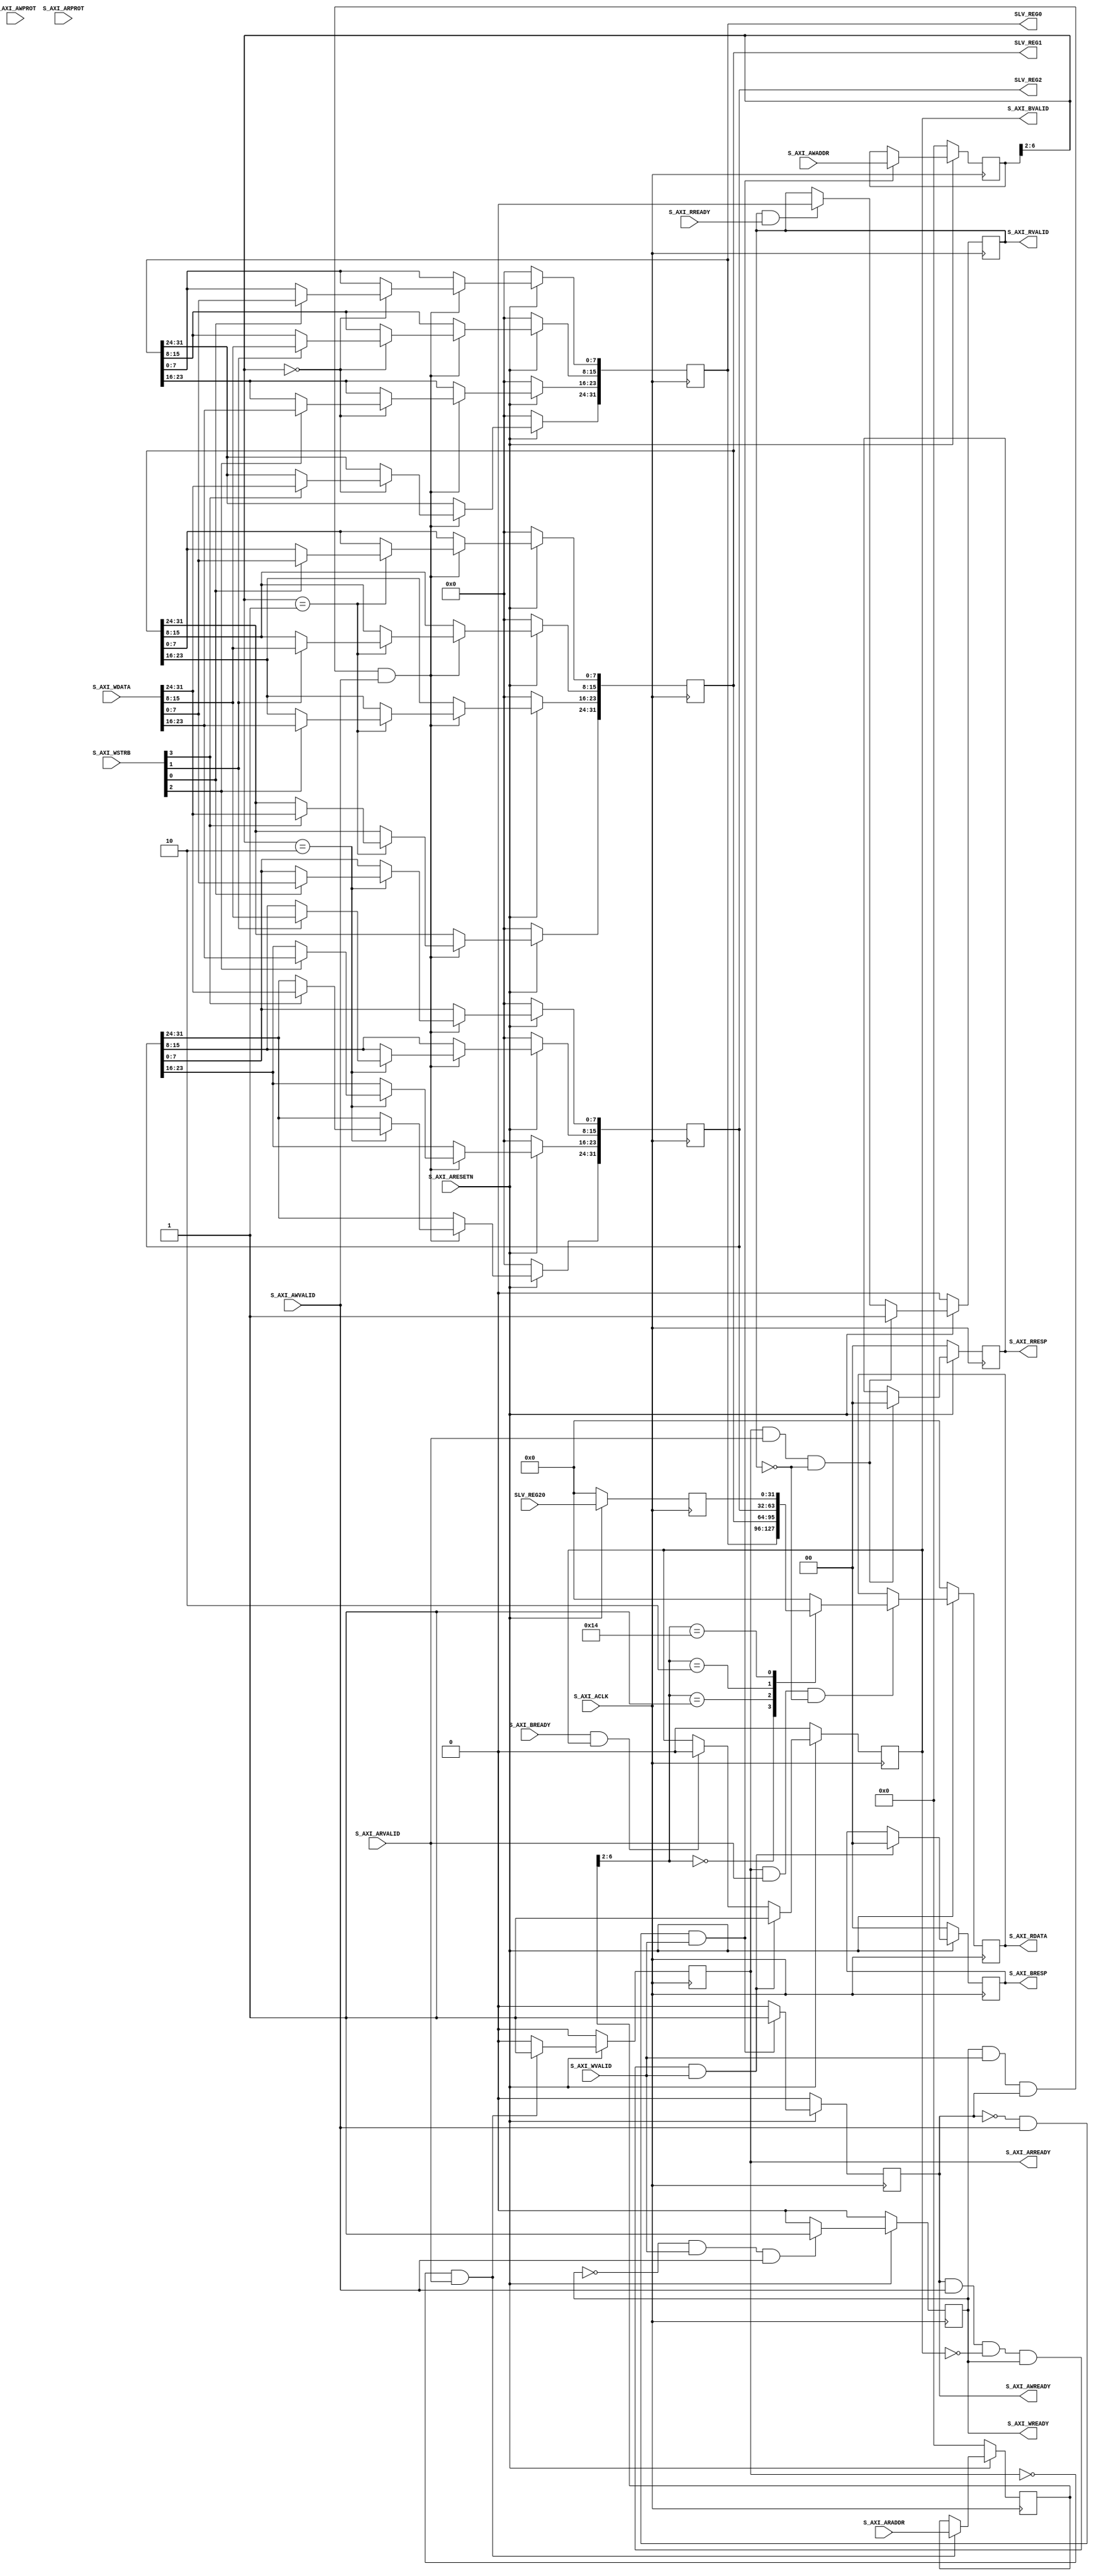

`timescale 1 ns / 1 ps

	module openofdm_tx_s_axi #
	(
		// Users to add parameters here

		// User parameters ends
		// Do not modify the parameters beyond this line

		// Width of S_AXI data bus
		parameter integer C_S_AXI_DATA_WIDTH	= 32,
		// Width of S_AXI address bus
		parameter integer C_S_AXI_ADDR_WIDTH	= 7
	)
	(
		// Users to add ports here
        output wire [C_S_AXI_DATA_WIDTH-1:0] SLV_REG0,
        output wire [C_S_AXI_DATA_WIDTH-1:0] SLV_REG1,
        output wire [C_S_AXI_DATA_WIDTH-1:0] SLV_REG2,/*
        output wire [C_S_AXI_DATA_WIDTH-1:0] SLV_REG3,
        output wire [C_S_AXI_DATA_WIDTH-1:0] SLV_REG4,
        output wire [C_S_AXI_DATA_WIDTH-1:0] SLV_REG5,
        output wire [C_S_AXI_DATA_WIDTH-1:0] SLV_REG6,
        output wire [C_S_AXI_DATA_WIDTH-1:0] SLV_REG7,
        output wire [C_S_AXI_DATA_WIDTH-1:0] SLV_REG8,
        output wire [C_S_AXI_DATA_WIDTH-1:0] SLV_REG9,
        output wire [C_S_AXI_DATA_WIDTH-1:0] SLV_REG10,
        output wire [C_S_AXI_DATA_WIDTH-1:0] SLV_REG11,
        output wire [C_S_AXI_DATA_WIDTH-1:0] SLV_REG12,
        output wire [C_S_AXI_DATA_WIDTH-1:0] SLV_REG13,
        output wire [C_S_AXI_DATA_WIDTH-1:0] SLV_REG14,
        output wire [C_S_AXI_DATA_WIDTH-1:0] SLV_REG15,
        output wire [C_S_AXI_DATA_WIDTH-1:0] SLV_REG16,
        output wire [C_S_AXI_DATA_WIDTH-1:0] SLV_REG17,
        output wire [C_S_AXI_DATA_WIDTH-1:0] SLV_REG18,
        output wire [C_S_AXI_DATA_WIDTH-1:0] SLV_REG19,*/
        input  wire [C_S_AXI_DATA_WIDTH-1:0] SLV_REG20,/*
        input  wire [C_S_AXI_DATA_WIDTH-1:0] SLV_REG21,
        input  wire [C_S_AXI_DATA_WIDTH-1:0] SLV_REG22,
        input  wire [C_S_AXI_DATA_WIDTH-1:0] SLV_REG23,
        input  wire [C_S_AXI_DATA_WIDTH-1:0] SLV_REG24,
        input  wire [C_S_AXI_DATA_WIDTH-1:0] SLV_REG25,
        input  wire [C_S_AXI_DATA_WIDTH-1:0] SLV_REG26,
        input  wire [C_S_AXI_DATA_WIDTH-1:0] SLV_REG27,
        input  wire [C_S_AXI_DATA_WIDTH-1:0] SLV_REG28,
        input  wire [C_S_AXI_DATA_WIDTH-1:0] SLV_REG29,
        input  wire [C_S_AXI_DATA_WIDTH-1:0] SLV_REG30,
        input  wire [C_S_AXI_DATA_WIDTH-1:0] SLV_REG31,*/
		// User ports ends
		// Do not modify the ports beyond this line

		// Global Clock Signal
		input wire  S_AXI_ACLK,
		// Global Reset Signal. This Signal is Active LOW
		input wire  S_AXI_ARESETN,
		// Write address (issued by master, acceped by Slave)
		input wire [C_S_AXI_ADDR_WIDTH-1 : 0] S_AXI_AWADDR,
		// Write channel Protection type. This signal indicates the
    		// privilege and security level of the transaction, and whether
    		// the transaction is a data access or an instruction access.
		input wire [2 : 0] S_AXI_AWPROT,
		// Write address valid. This signal indicates that the master signaling
    		// valid write address and control information.
		input wire  S_AXI_AWVALID,
		// Write address ready. This signal indicates that the slave is ready
    		// to accept an address and associated control signals.
		output wire  S_AXI_AWREADY,
		// Write data (issued by master, acceped by Slave) 
		input wire [C_S_AXI_DATA_WIDTH-1 : 0] S_AXI_WDATA,
		// Write strobes. This signal indicates which byte lanes hold
    		// valid data. There is one write strobe bit for each eight
    		// bits of the write data bus.    
		input wire [(C_S_AXI_DATA_WIDTH/8)-1 : 0] S_AXI_WSTRB,
		// Write valid. This signal indicates that valid write
    		// data and strobes are available.
		input wire  S_AXI_WVALID,
		// Write ready. This signal indicates that the slave
    		// can accept the write data.
		output wire  S_AXI_WREADY,
		// Write response. This signal indicates the status
    		// of the write transaction.
		output wire [1 : 0] S_AXI_BRESP,
		// Write response valid. This signal indicates that the channel
    		// is signaling a valid write response.
		output wire  S_AXI_BVALID,
		// Response ready. This signal indicates that the master
    		// can accept a write response.
		input wire  S_AXI_BREADY,
		// Read address (issued by master, acceped by Slave)
		input wire [C_S_AXI_ADDR_WIDTH-1 : 0] S_AXI_ARADDR,
		// Protection type. This signal indicates the privilege
    		// and security level of the transaction, and whether the
    		// transaction is a data access or an instruction access.
		input wire [2 : 0] S_AXI_ARPROT,
		// Read address valid. This signal indicates that the channel
    		// is signaling valid read address and control information.
		input wire  S_AXI_ARVALID,
		// Read address ready. This signal indicates that the slave is
    		// ready to accept an address and associated control signals.
		output wire  S_AXI_ARREADY,
		// Read data (issued by slave)
		output wire [C_S_AXI_DATA_WIDTH-1 : 0] S_AXI_RDATA,
		// Read response. This signal indicates the status of the
    		// read transfer.
		output wire [1 : 0] S_AXI_RRESP,
		// Read valid. This signal indicates that the channel is
    		// signaling the required read data.
		output wire  S_AXI_RVALID,
		// Read ready. This signal indicates that the master can
    		// accept the read data and response information.
		input wire  S_AXI_RREADY
	);

	// AXI4LITE signals
	reg [C_S_AXI_ADDR_WIDTH-1 : 0] 	axi_awaddr;
	reg  	axi_awready;
	reg  	axi_wready;
	reg [1 : 0] 	axi_bresp;
	reg  	axi_bvalid;
	reg [C_S_AXI_ADDR_WIDTH-1 : 0] 	axi_araddr;
	reg  	axi_arready;
	reg [C_S_AXI_DATA_WIDTH-1 : 0] 	axi_rdata;
	reg [1 : 0] 	axi_rresp;
	reg  	axi_rvalid;

	// Example-specific design signals
	// local parameter for addressing 32 bit / 64 bit C_S_AXI_DATA_WIDTH
	// ADDR_LSB is used for addressing 32/64 bit registers/memories
	// ADDR_LSB = 2 for 32 bits (n downto 2)
	// ADDR_LSB = 3 for 64 bits (n downto 3)
	localparam integer ADDR_LSB = (C_S_AXI_DATA_WIDTH/32) + 1;
	localparam integer OPT_MEM_ADDR_BITS = 4;
	//----------------------------------------------
	//-- Signals for user logic register space example
	//------------------------------------------------
	//-- Number of Slave Registers 32
	reg [C_S_AXI_DATA_WIDTH-1:0]	slv_reg0;
	reg [C_S_AXI_DATA_WIDTH-1:0]	slv_reg1;
	reg [C_S_AXI_DATA_WIDTH-1:0]	slv_reg2;/*
	reg [C_S_AXI_DATA_WIDTH-1:0]	slv_reg3;
	reg [C_S_AXI_DATA_WIDTH-1:0]	slv_reg4;
	reg [C_S_AXI_DATA_WIDTH-1:0]	slv_reg5;
	reg [C_S_AXI_DATA_WIDTH-1:0]	slv_reg6;
	reg [C_S_AXI_DATA_WIDTH-1:0]	slv_reg7;
	reg [C_S_AXI_DATA_WIDTH-1:0]	slv_reg8;
	reg [C_S_AXI_DATA_WIDTH-1:0]	slv_reg9;
	reg [C_S_AXI_DATA_WIDTH-1:0]	slv_reg10;
	reg [C_S_AXI_DATA_WIDTH-1:0]	slv_reg11;
	reg [C_S_AXI_DATA_WIDTH-1:0]	slv_reg12;
	reg [C_S_AXI_DATA_WIDTH-1:0]	slv_reg13;
	reg [C_S_AXI_DATA_WIDTH-1:0]	slv_reg14;
	reg [C_S_AXI_DATA_WIDTH-1:0]	slv_reg15;
	reg [C_S_AXI_DATA_WIDTH-1:0]	slv_reg16;
	reg [C_S_AXI_DATA_WIDTH-1:0]	slv_reg17;
	reg [C_S_AXI_DATA_WIDTH-1:0]	slv_reg18;
	reg [C_S_AXI_DATA_WIDTH-1:0]	slv_reg19;*/
	reg [C_S_AXI_DATA_WIDTH-1:0]	slv_reg20;/*
	reg [C_S_AXI_DATA_WIDTH-1:0]	slv_reg21;
	reg [C_S_AXI_DATA_WIDTH-1:0]	slv_reg22;
	reg [C_S_AXI_DATA_WIDTH-1:0]	slv_reg23;
	reg [C_S_AXI_DATA_WIDTH-1:0]	slv_reg24;
	reg [C_S_AXI_DATA_WIDTH-1:0]	slv_reg25;
	reg [C_S_AXI_DATA_WIDTH-1:0]	slv_reg26;
	reg [C_S_AXI_DATA_WIDTH-1:0]	slv_reg27;
	reg [C_S_AXI_DATA_WIDTH-1:0]	slv_reg28;
	reg [C_S_AXI_DATA_WIDTH-1:0]	slv_reg29;
	reg [C_S_AXI_DATA_WIDTH-1:0]	slv_reg30;
	reg [C_S_AXI_DATA_WIDTH-1:0]	slv_reg31;*/
	wire	 slv_reg_rden;
	wire	 slv_reg_wren;
	reg [C_S_AXI_DATA_WIDTH-1:0]	 reg_data_out;
	integer	 byte_index;

	// I/O Connections assignments

	assign S_AXI_AWREADY	= axi_awready;
	assign S_AXI_WREADY	= axi_wready;
	assign S_AXI_BRESP	= axi_bresp;
	assign S_AXI_BVALID	= axi_bvalid;
	assign S_AXI_ARREADY	= axi_arready;
	assign S_AXI_RDATA	= axi_rdata;
	assign S_AXI_RRESP	= axi_rresp;
	assign S_AXI_RVALID	= axi_rvalid;
	
    assign SLV_REG0 = slv_reg0;
    assign SLV_REG1 = slv_reg1;
    assign SLV_REG2 = slv_reg2;/*
    assign SLV_REG3 = slv_reg3;
    assign SLV_REG4 = slv_reg4;
    assign SLV_REG5 = slv_reg5;
    assign SLV_REG6 = slv_reg6;
    assign SLV_REG7 = slv_reg7;
    assign SLV_REG8 = slv_reg8;
    assign SLV_REG9 = slv_reg9;
    assign SLV_REG10 = slv_reg10;
    assign SLV_REG11 = slv_reg11;
    assign SLV_REG12 = slv_reg12;
    assign SLV_REG13 = slv_reg13;
    assign SLV_REG14 = slv_reg14;
    assign SLV_REG15 = slv_reg15;
    assign SLV_REG16 = slv_reg16;
    assign SLV_REG17 = slv_reg17;
    assign SLV_REG18 = slv_reg18;
    assign SLV_REG19 = slv_reg19;*/
	// Implement axi_awready generation
	// axi_awready is asserted for one S_AXI_ACLK clock cycle when both
	// S_AXI_AWVALID and S_AXI_WVALID are asserted. axi_awready is
	// de-asserted when reset is low.

	always @( posedge S_AXI_ACLK )
	begin
	  if ( S_AXI_ARESETN == 1'b0 )
	    begin
	      axi_awready <= 1'b0;
	    end 
	  else
	    begin    
	      if (~axi_awready && S_AXI_AWVALID && S_AXI_WVALID)
	        begin
	          // slave is ready to accept write address when 
	          // there is a valid write address and write data
	          // on the write address and data bus. This design 
	          // expects no outstanding transactions. 
	          axi_awready <= 1'b1;
	        end
	      else           
	        begin
	          axi_awready <= 1'b0;
	        end
	    end 
	end       

	// Implement axi_awaddr latching
	// This process is used to latch the address when both 
	// S_AXI_AWVALID and S_AXI_WVALID are valid. 

	always @( posedge S_AXI_ACLK )
	begin
	  if ( S_AXI_ARESETN == 1'b0 )
	    begin
	      axi_awaddr <= 0;
	    end 
	  else
	    begin    
	      if (~axi_awready && S_AXI_AWVALID && S_AXI_WVALID)
	        begin
	          // Write Address latching 
	          axi_awaddr <= S_AXI_AWADDR;
	        end
	    end 
	end       

	// Implement axi_wready generation
	// axi_wready is asserted for one S_AXI_ACLK clock cycle when both
	// S_AXI_AWVALID and S_AXI_WVALID are asserted. axi_wready is 
	// de-asserted when reset is low. 

	always @( posedge S_AXI_ACLK )
	begin
	  if ( S_AXI_ARESETN == 1'b0 )
	    begin
	      axi_wready <= 1'b0;
	    end 
	  else
	    begin    
	      if (~axi_wready && S_AXI_WVALID && S_AXI_AWVALID)
	        begin
	          // slave is ready to accept write data when 
	          // there is a valid write address and write data
	          // on the write address and data bus. This design 
	          // expects no outstanding transactions. 
	          axi_wready <= 1'b1;
	        end
	      else
	        begin
	          axi_wready <= 1'b0;
	        end
	    end 
	end       

	// Implement memory mapped register select and write logic generation
	// The write data is accepted and written to memory mapped registers when
	// axi_awready, S_AXI_WVALID, axi_wready and S_AXI_WVALID are asserted. Write strobes are used to
	// select byte enables of slave registers while writing.
	// These registers are cleared when reset (active low) is applied.
	// Slave register write enable is asserted when valid address and data are available
	// and the slave is ready to accept the write address and write data.
	assign slv_reg_wren = axi_wready && S_AXI_WVALID && axi_awready && S_AXI_AWVALID;

	always @( posedge S_AXI_ACLK )
	begin
	  if ( S_AXI_ARESETN == 1'b0 )
	    begin
	      slv_reg0 <= 32'h0;
	      slv_reg1 <= 32'h0;
	      slv_reg2 <= 32'h0;/*
	      slv_reg3 <= 32'h0;
	      slv_reg4 <= 32'h0;
	      slv_reg5 <= 32'h0;
	      slv_reg6 <= 32'h0;
	      slv_reg7 <= 32'h0;
	      slv_reg8 <= 32'h0;
	      slv_reg9 <= 32'h0;
	      slv_reg10 <= 32'h0;
	      slv_reg11 <= 32'h0;
	      slv_reg12 <= 32'h0;
	      slv_reg13 <= 32'h0;
	      slv_reg14 <= 32'h0;
	      slv_reg15 <= 32'h0;
	      slv_reg16 <= 32'h0;
	      slv_reg17 <= 32'h0;
	      slv_reg18 <= 32'h0;
	      slv_reg19 <= 32'h0;*/
	    end 
	  else begin
	    if (slv_reg_wren)
	      begin
	        case ( axi_awaddr[ADDR_LSB+OPT_MEM_ADDR_BITS:ADDR_LSB] )
	          5'h00:
	            for ( byte_index = 0; byte_index <= (C_S_AXI_DATA_WIDTH/8)-1; byte_index = byte_index+1 )
	              if ( S_AXI_WSTRB[byte_index] == 1 ) begin
	                // Respective byte enables are asserted as per write strobes 
	                // Slave register 0
	                slv_reg0[(byte_index*8) +: 8] <= S_AXI_WDATA[(byte_index*8) +: 8];
	              end
	          5'h01:
	            for ( byte_index = 0; byte_index <= (C_S_AXI_DATA_WIDTH/8)-1; byte_index = byte_index+1 )
	              if ( S_AXI_WSTRB[byte_index] == 1 ) begin
	                // Respective byte enables are asserted as per write strobes 
	                // Slave register 1
	                slv_reg1[(byte_index*8) +: 8] <= S_AXI_WDATA[(byte_index*8) +: 8];
	              end  
	          5'h02:
	            for ( byte_index = 0; byte_index <= (C_S_AXI_DATA_WIDTH/8)-1; byte_index = byte_index+1 )
	              if ( S_AXI_WSTRB[byte_index] == 1 ) begin
	                // Respective byte enables are asserted as per write strobes 
	                // Slave register 2
	                slv_reg2[(byte_index*8) +: 8] <= S_AXI_WDATA[(byte_index*8) +: 8];
	              end   /* 
	          5'h03:
	            for ( byte_index = 0; byte_index <= (C_S_AXI_DATA_WIDTH/8)-1; byte_index = byte_index+1 )
	              if ( S_AXI_WSTRB[byte_index] == 1 ) begin
	                // Respective byte enables are asserted as per write strobes 
	                // Slave register 3
	                slv_reg3[(byte_index*8) +: 8] <= S_AXI_WDATA[(byte_index*8) +: 8];
	              end
	          5'h04:
	            for ( byte_index = 0; byte_index <= (C_S_AXI_DATA_WIDTH/8)-1; byte_index = byte_index+1 )
	              if ( S_AXI_WSTRB[byte_index] == 1 ) begin
	                // Respective byte enables are asserted as per write strobes 
	                // Slave register 4
	                slv_reg4[(byte_index*8) +: 8] <= S_AXI_WDATA[(byte_index*8) +: 8];
	              end  
	          5'h05:
	            for ( byte_index = 0; byte_index <= (C_S_AXI_DATA_WIDTH/8)-1; byte_index = byte_index+1 )
	              if ( S_AXI_WSTRB[byte_index] == 1 ) begin
	                // Respective byte enables are asserted as per write strobes 
	                // Slave register 5
	                slv_reg5[(byte_index*8) +: 8] <= S_AXI_WDATA[(byte_index*8) +: 8];
	              end  
	          5'h06:
	            for ( byte_index = 0; byte_index <= (C_S_AXI_DATA_WIDTH/8)-1; byte_index = byte_index+1 )
	              if ( S_AXI_WSTRB[byte_index] == 1 ) begin
	                // Respective byte enables are asserted as per write strobes 
	                // Slave register 6
	                slv_reg6[(byte_index*8) +: 8] <= S_AXI_WDATA[(byte_index*8) +: 8];
	              end  
	          5'h07:
	            for ( byte_index = 0; byte_index <= (C_S_AXI_DATA_WIDTH/8)-1; byte_index = byte_index+1 )
	              if ( S_AXI_WSTRB[byte_index] == 1 ) begin
	                // Respective byte enables are asserted as per write strobes 
	                // Slave register 7
	                slv_reg7[(byte_index*8) +: 8] <= S_AXI_WDATA[(byte_index*8) +: 8];
	              end  
	          5'h08:
	            for ( byte_index = 0; byte_index <= (C_S_AXI_DATA_WIDTH/8)-1; byte_index = byte_index+1 )
	              if ( S_AXI_WSTRB[byte_index] == 1 ) begin
	                // Respective byte enables are asserted as per write strobes 
	                // Slave register 8
	                slv_reg8[(byte_index*8) +: 8] <= S_AXI_WDATA[(byte_index*8) +: 8];
	              end  
	          5'h09:
	            for ( byte_index = 0; byte_index <= (C_S_AXI_DATA_WIDTH/8)-1; byte_index = byte_index+1 )
	              if ( S_AXI_WSTRB[byte_index] == 1 ) begin
	                // Respective byte enables are asserted as per write strobes 
	                // Slave register 9
	                slv_reg9[(byte_index*8) +: 8] <= S_AXI_WDATA[(byte_index*8) +: 8];
	              end  
	          5'h0A:
	            for ( byte_index = 0; byte_index <= (C_S_AXI_DATA_WIDTH/8)-1; byte_index = byte_index+1 )
	              if ( S_AXI_WSTRB[byte_index] == 1 ) begin
	                // Respective byte enables are asserted as per write strobes 
	                // Slave register 10
	                slv_reg10[(byte_index*8) +: 8] <= S_AXI_WDATA[(byte_index*8) +: 8];
	              end  
	          5'h0B:
	            for ( byte_index = 0; byte_index <= (C_S_AXI_DATA_WIDTH/8)-1; byte_index = byte_index+1 )
	              if ( S_AXI_WSTRB[byte_index] == 1 ) begin
	                // Respective byte enables are asserted as per write strobes 
	                // Slave register 11
	                slv_reg11[(byte_index*8) +: 8] <= S_AXI_WDATA[(byte_index*8) +: 8];
	              end  
	          5'h0C:
	            for ( byte_index = 0; byte_index <= (C_S_AXI_DATA_WIDTH/8)-1; byte_index = byte_index+1 )
	              if ( S_AXI_WSTRB[byte_index] == 1 ) begin
	                // Respective byte enables are asserted as per write strobes 
	                // Slave register 12
	                slv_reg12[(byte_index*8) +: 8] <= S_AXI_WDATA[(byte_index*8) +: 8];
	              end  
	          5'h0D:
	            for ( byte_index = 0; byte_index <= (C_S_AXI_DATA_WIDTH/8)-1; byte_index = byte_index+1 )
	              if ( S_AXI_WSTRB[byte_index] == 1 ) begin
	                // Respective byte enables are asserted as per write strobes 
	                // Slave register 13
	                slv_reg13[(byte_index*8) +: 8] <= S_AXI_WDATA[(byte_index*8) +: 8];
	              end  
	          5'h0E:
	            for ( byte_index = 0; byte_index <= (C_S_AXI_DATA_WIDTH/8)-1; byte_index = byte_index+1 )
	              if ( S_AXI_WSTRB[byte_index] == 1 ) begin
	                // Respective byte enables are asserted as per write strobes 
	                // Slave register 14
	                slv_reg14[(byte_index*8) +: 8] <= S_AXI_WDATA[(byte_index*8) +: 8];
	              end  
	          5'h0F:
	            for ( byte_index = 0; byte_index <= (C_S_AXI_DATA_WIDTH/8)-1; byte_index = byte_index+1 )
	              if ( S_AXI_WSTRB[byte_index] == 1 ) begin
	                // Respective byte enables are asserted as per write strobes 
	                // Slave register 15
	                slv_reg15[(byte_index*8) +: 8] <= S_AXI_WDATA[(byte_index*8) +: 8];
	              end  
	          5'h10:
	            for ( byte_index = 0; byte_index <= (C_S_AXI_DATA_WIDTH/8)-1; byte_index = byte_index+1 )
	              if ( S_AXI_WSTRB[byte_index] == 1 ) begin
	                // Respective byte enables are asserted as per write strobes 
	                // Slave register 16
	                slv_reg16[(byte_index*8) +: 8] <= S_AXI_WDATA[(byte_index*8) +: 8];
	              end  
	          5'h11:
	            for ( byte_index = 0; byte_index <= (C_S_AXI_DATA_WIDTH/8)-1; byte_index = byte_index+1 )
	              if ( S_AXI_WSTRB[byte_index] == 1 ) begin
	                // Respective byte enables are asserted as per write strobes 
	                // Slave register 17
	                slv_reg17[(byte_index*8) +: 8] <= S_AXI_WDATA[(byte_index*8) +: 8];
	              end  
	          5'h12:
	            for ( byte_index = 0; byte_index <= (C_S_AXI_DATA_WIDTH/8)-1; byte_index = byte_index+1 )
	              if ( S_AXI_WSTRB[byte_index] == 1 ) begin
	                // Respective byte enables are asserted as per write strobes 
	                // Slave register 18
	                slv_reg18[(byte_index*8) +: 8] <= S_AXI_WDATA[(byte_index*8) +: 8];
	              end  
	          5'h13:
	            for ( byte_index = 0; byte_index <= (C_S_AXI_DATA_WIDTH/8)-1; byte_index = byte_index+1 )
	              if ( S_AXI_WSTRB[byte_index] == 1 ) begin
	                // Respective byte enables are asserted as per write strobes 
	                // Slave register 19
	                slv_reg19[(byte_index*8) +: 8] <= S_AXI_WDATA[(byte_index*8) +: 8];
	              end  
	          5'h14:
	            for ( byte_index = 0; byte_index <= (C_S_AXI_DATA_WIDTH/8)-1; byte_index = byte_index+1 )
	              if ( S_AXI_WSTRB[byte_index] == 1 ) begin
	                // Respective byte enables are asserted as per write strobes 
	                // Slave register 20
	                //slv_reg20[(byte_index*8) +: 8] <= S_AXI_WDATA[(byte_index*8) +: 8];
	              end  
	          5'h15:
	            for ( byte_index = 0; byte_index <= (C_S_AXI_DATA_WIDTH/8)-1; byte_index = byte_index+1 )
	              if ( S_AXI_WSTRB[byte_index] == 1 ) begin
	                // Respective byte enables are asserted as per write strobes 
	                // Slave register 21
	                //slv_reg21[(byte_index*8) +: 8] <= S_AXI_WDATA[(byte_index*8) +: 8];
	              end  
	          5'h16:
	            for ( byte_index = 0; byte_index <= (C_S_AXI_DATA_WIDTH/8)-1; byte_index = byte_index+1 )
	              if ( S_AXI_WSTRB[byte_index] == 1 ) begin
	                // Respective byte enables are asserted as per write strobes 
	                // Slave register 22
	                //slv_reg22[(byte_index*8) +: 8] <= S_AXI_WDATA[(byte_index*8) +: 8];
	              end  
	          5'h17:
	            for ( byte_index = 0; byte_index <= (C_S_AXI_DATA_WIDTH/8)-1; byte_index = byte_index+1 )
	              if ( S_AXI_WSTRB[byte_index] == 1 ) begin
	                // Respective byte enables are asserted as per write strobes 
	                // Slave register 23
	                //slv_reg23[(byte_index*8) +: 8] <= S_AXI_WDATA[(byte_index*8) +: 8];
	              end  
	          5'h18:
	            for ( byte_index = 0; byte_index <= (C_S_AXI_DATA_WIDTH/8)-1; byte_index = byte_index+1 )
	              if ( S_AXI_WSTRB[byte_index] == 1 ) begin
	                // Respective byte enables are asserted as per write strobes 
	                // Slave register 24
	                //slv_reg24[(byte_index*8) +: 8] <= S_AXI_WDATA[(byte_index*8) +: 8];
	              end  
	          5'h19:
	            for ( byte_index = 0; byte_index <= (C_S_AXI_DATA_WIDTH/8)-1; byte_index = byte_index+1 )
	              if ( S_AXI_WSTRB[byte_index] == 1 ) begin
	                // Respective byte enables are asserted as per write strobes 
	                // Slave register 25
	                //slv_reg25[(byte_index*8) +: 8] <= S_AXI_WDATA[(byte_index*8) +: 8];
	              end  
	          5'h1A:
	            for ( byte_index = 0; byte_index <= (C_S_AXI_DATA_WIDTH/8)-1; byte_index = byte_index+1 )
	              if ( S_AXI_WSTRB[byte_index] == 1 ) begin
	                // Respective byte enables are asserted as per write strobes 
	                // Slave register 26
	                //slv_reg26[(byte_index*8) +: 8] <= S_AXI_WDATA[(byte_index*8) +: 8];
	              end  
	          5'h1B:
	            for ( byte_index = 0; byte_index <= (C_S_AXI_DATA_WIDTH/8)-1; byte_index = byte_index+1 )
	              if ( S_AXI_WSTRB[byte_index] == 1 ) begin
	                // Respective byte enables are asserted as per write strobes 
	                // Slave register 27
	                //slv_reg27[(byte_index*8) +: 8] <= S_AXI_WDATA[(byte_index*8) +: 8];
	              end  
	          5'h1C:
	            for ( byte_index = 0; byte_index <= (C_S_AXI_DATA_WIDTH/8)-1; byte_index = byte_index+1 )
	              if ( S_AXI_WSTRB[byte_index] == 1 ) begin
	                // Respective byte enables are asserted as per write strobes 
	                // Slave register 28
	                //slv_reg28[(byte_index*8) +: 8] <= S_AXI_WDATA[(byte_index*8) +: 8];
	              end  
	          5'h1D:
	            for ( byte_index = 0; byte_index <= (C_S_AXI_DATA_WIDTH/8)-1; byte_index = byte_index+1 )
	              if ( S_AXI_WSTRB[byte_index] == 1 ) begin
	                // Respective byte enables are asserted as per write strobes 
	                // Slave register 29
	                //slv_reg29[(byte_index*8) +: 8] <= S_AXI_WDATA[(byte_index*8) +: 8];
	              end  
	          5'h1E:
	            for ( byte_index = 0; byte_index <= (C_S_AXI_DATA_WIDTH/8)-1; byte_index = byte_index+1 )
	              if ( S_AXI_WSTRB[byte_index] == 1 ) begin
	                // Respective byte enables are asserted as per write strobes 
	                // Slave register 30
	                //slv_reg30[(byte_index*8) +: 8] <= S_AXI_WDATA[(byte_index*8) +: 8];
	              end  
	          5'h1F:
	            for ( byte_index = 0; byte_index <= (C_S_AXI_DATA_WIDTH/8)-1; byte_index = byte_index+1 )
	              if ( S_AXI_WSTRB[byte_index] == 1 ) begin
	                // Respective byte enables are asserted as per write strobes 
	                // Slave register 31
	                //slv_reg31[(byte_index*8) +: 8] <= S_AXI_WDATA[(byte_index*8) +: 8];
	              end  */
	          default : begin
	                      slv_reg0 <= slv_reg0;
	                      slv_reg1 <= slv_reg1;
	                      slv_reg2 <= slv_reg2;/*
	                      slv_reg3 <= slv_reg3;
	                      slv_reg4 <= slv_reg4;
	                      slv_reg5 <= slv_reg5;
	                      slv_reg6 <= slv_reg6;
	                      slv_reg7 <= slv_reg7;
	                      slv_reg8 <= slv_reg8;
	                      slv_reg9 <= slv_reg9;
	                      slv_reg10 <= slv_reg10;
	                      slv_reg11 <= slv_reg11;
	                      slv_reg12 <= slv_reg12;
	                      slv_reg13 <= slv_reg13;
	                      slv_reg14 <= slv_reg14;
	                      slv_reg15 <= slv_reg15;
	                      slv_reg16 <= slv_reg16;
	                      slv_reg17 <= slv_reg17;
	                      slv_reg18 <= slv_reg18;
	                      slv_reg19 <= slv_reg19;*/
	                      //slv_reg20 <= slv_reg20;
	                      //slv_reg21 <= slv_reg21;
	                      //slv_reg22 <= slv_reg22;
	                      //slv_reg23 <= slv_reg23;
	                      //slv_reg24 <= slv_reg24;
	                      //slv_reg25 <= slv_reg25;
	                      //slv_reg26 <= slv_reg26;
	                      //slv_reg27 <= slv_reg27;
	                      //slv_reg28 <= slv_reg28;
	                      //slv_reg29 <= slv_reg29;
	                      //slv_reg30 <= slv_reg30;
	                      //slv_reg31 <= slv_reg31;
	                    end
	        endcase
	      end
	  end
	end    

	// Implement write response logic generation
	// The write response and response valid signals are asserted by the slave 
	// when axi_wready, S_AXI_WVALID, axi_wready and S_AXI_WVALID are asserted.  
	// This marks the acceptance of address and indicates the status of 
	// write transaction.

	always @( posedge S_AXI_ACLK )
	begin
	  if ( S_AXI_ARESETN == 1'b0 )
	    begin
	      axi_bvalid  <= 0;
	      axi_bresp   <= 2'b0;
	    end 
	  else
	    begin    
	      if (axi_awready && S_AXI_AWVALID && ~axi_bvalid && axi_wready && S_AXI_WVALID)
	        begin
	          // indicates a valid write response is available
	          axi_bvalid <= 1'b1;
	          axi_bresp  <= 2'b0; // 'OKAY' response 
	        end                   // work error responses in future
	      else
	        begin
	          if (S_AXI_BREADY && axi_bvalid) 
	            //check if bready is asserted while bvalid is high) 
	            //(there is a possibility that bready is always asserted high)   
	            begin
	              axi_bvalid <= 1'b0; 
	            end  
	        end
	    end
	end   

	// Implement axi_arready generation
	// axi_arready is asserted for one S_AXI_ACLK clock cycle when
	// S_AXI_ARVALID is asserted. axi_awready is 
	// de-asserted when reset (active low) is asserted. 
	// The read address is also latched when S_AXI_ARVALID is 
	// asserted. axi_araddr is reset to zero on reset assertion.

	always @( posedge S_AXI_ACLK )
	begin
	  if ( S_AXI_ARESETN == 1'b0 )
	    begin
	      axi_arready <= 1'b0;
	      axi_araddr  <= {C_S_AXI_ADDR_WIDTH{1'b0}};
	    end 
	  else
	    begin    
	      if (~axi_arready && S_AXI_ARVALID)
	        begin
	          // indicates that the slave has acceped the valid read address
	          axi_arready <= 1'b1;
	          // Read address latching
	          axi_araddr  <= S_AXI_ARADDR;
	        end
	      else
	        begin
	          axi_arready <= 1'b0;
	        end
	    end 
	end       

	// Implement axi_arvalid generation
	// axi_rvalid is asserted for one S_AXI_ACLK clock cycle when both 
	// S_AXI_ARVALID and axi_arready are asserted. The slave registers 
	// data are available on the axi_rdata bus at this instance. The 
	// assertion of axi_rvalid marks the validity of read data on the 
	// bus and axi_rresp indicates the status of read transaction.axi_rvalid 
	// is deasserted on reset (active low). axi_rresp and axi_rdata are 
	// cleared to zero on reset (active low).  
	always @( posedge S_AXI_ACLK )
	begin
	  if ( S_AXI_ARESETN == 1'b0 )
	    begin
	      axi_rvalid <= 0;
	      axi_rresp  <= 0;
	    end 
	  else
	    begin    
	      if (axi_arready && S_AXI_ARVALID && ~axi_rvalid)
	        begin
	          // Valid read data is available at the read data bus
	          axi_rvalid <= 1'b1;
	          axi_rresp  <= 2'b0; // 'OKAY' response
	        end   
	      else if (axi_rvalid && S_AXI_RREADY)
	        begin
	          // Read data is accepted by the master
	          axi_rvalid <= 1'b0;
	        end                
	    end
	end    

	// Implement memory mapped register select and read logic generation
	// Slave register read enable is asserted when valid address is available
	// and the slave is ready to accept the read address.
	assign slv_reg_rden = axi_arready & S_AXI_ARVALID & ~axi_rvalid;
	always @(*)
	begin
	      // Address decoding for reading registers
	      case ( axi_araddr[ADDR_LSB+OPT_MEM_ADDR_BITS:ADDR_LSB] )
	        5'h00   : reg_data_out = slv_reg0;
	        5'h01   : reg_data_out = slv_reg1;
	        5'h02   : reg_data_out = slv_reg2;/*
	        5'h03   : reg_data_out = slv_reg3;
	        5'h04   : reg_data_out = slv_reg4;
	        5'h05   : reg_data_out = slv_reg5;
	        5'h06   : reg_data_out = slv_reg6;
	        5'h07   : reg_data_out = slv_reg7;
	        5'h08   : reg_data_out = slv_reg8;
	        5'h09   : reg_data_out = slv_reg9;
	        5'h0A   : reg_data_out = slv_reg10;
	        5'h0B   : reg_data_out = slv_reg11;
	        5'h0C   : reg_data_out = slv_reg12;
	        5'h0D   : reg_data_out = slv_reg13;
	        5'h0E   : reg_data_out = slv_reg14;
	        5'h0F   : reg_data_out = slv_reg15;
	        5'h10   : reg_data_out = slv_reg16;
	        5'h11   : reg_data_out = slv_reg17;
	        5'h12   : reg_data_out = slv_reg18;
	        5'h13   : reg_data_out = slv_reg19;*/
	        5'h14   : reg_data_out = slv_reg20;/*
	        5'h15   : reg_data_out = slv_reg21;
	        5'h16   : reg_data_out = slv_reg22;
	        5'h17   : reg_data_out = slv_reg23;
	        5'h18   : reg_data_out = slv_reg24;
	        5'h19   : reg_data_out = slv_reg25;
	        5'h1A   : reg_data_out = slv_reg26;
	        5'h1B   : reg_data_out = slv_reg27;
	        5'h1C   : reg_data_out = slv_reg28;
	        5'h1D   : reg_data_out = slv_reg29;
	        5'h1E   : reg_data_out = slv_reg30;
	        5'h1F   : reg_data_out = slv_reg31;*/
	        default : reg_data_out = 0;
	      endcase
	end

	// Output register or memory read data
	always @( posedge S_AXI_ACLK )
	begin
	  if ( S_AXI_ARESETN == 1'b0 )
	    begin
	      axi_rdata  <= 0;
	    end 
	  else
	    begin    
	      // When there is a valid read address (S_AXI_ARVALID) with 
	      // acceptance of read address by the slave (axi_arready), 
	      // output the read dada 
	      if (slv_reg_rden)
	        begin
	          axi_rdata <= reg_data_out;     // register read data
	        end   
	    end
	end    

	// Add user logic here
    always @( posedge S_AXI_ACLK )
    begin
      if ( S_AXI_ARESETN == 1'b0 )
        begin
          slv_reg20 <= 32'h0;/*
          slv_reg21 <= 32'h0;
          slv_reg22 <= 32'h0;
          slv_reg23 <= 32'h0;
          slv_reg24 <= 32'h0;
          slv_reg25 <= 32'h0;
          slv_reg26 <= 32'h0;
          slv_reg27 <= 32'h0;
          slv_reg28 <= 32'h0;
          slv_reg29 <= 32'h0;
          slv_reg30 <= 32'h0;
          slv_reg31 <= 32'h0;*/
        end 
      else
        begin    
          slv_reg20 <= SLV_REG20;/*
          slv_reg21 <= SLV_REG21;
          slv_reg22 <= SLV_REG22;
          slv_reg23 <= SLV_REG23;
          slv_reg24 <= SLV_REG24;
          slv_reg25 <= SLV_REG25;
          slv_reg26 <= SLV_REG26;
          slv_reg27 <= SLV_REG27;
          slv_reg28 <= SLV_REG28;
          slv_reg29 <= SLV_REG29;
          slv_reg30 <= SLV_REG30;
          slv_reg31 <= SLV_REG31;*/
        end 
    end
    
	// User logic ends

	endmodule